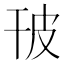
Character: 𤿊